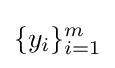
\{y_{i}\}_{i=1}^{m}